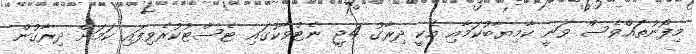
މިފޯނުތައްވެސް ވަނީ ކާމިޔާބުކަމާއި އެކީ ދިރާގު 4ޖީ ނެޓްވާކުގައި ޓެސްޓުކުރެވިފައި ކަމަށް ދިރާގުން